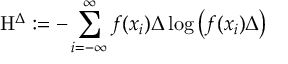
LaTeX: \mathrm { H } ^ { \Delta } : = - \sum _ { i = - \infty } ^ { \infty } f ( x _ { i } ) \Delta \log \left( f ( x _ { i } ) \Delta \right)